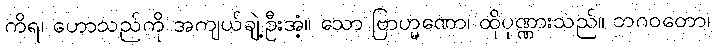
ကိရ၊ ဟောသည်ကို အကျယ်ချဲ့ဦးအံ့။ သော ဗြာဟ္မဏော၊ ထိုပုဏ္ဏားသည်။ ဘဂဝတော၊